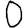
Digit: 0